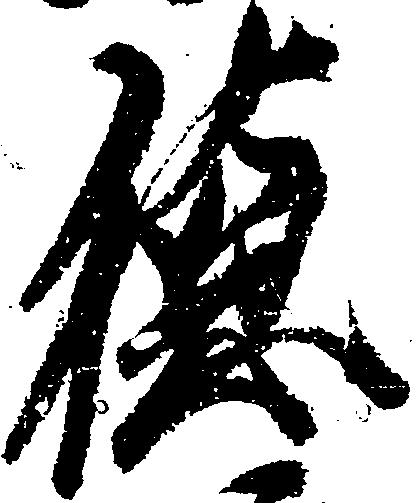
徳